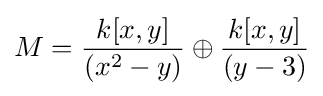
M={\frac {k[x,y]}{(x^{2}-y)}}\oplus {\frac {k[x,y]}{(y-3)}}